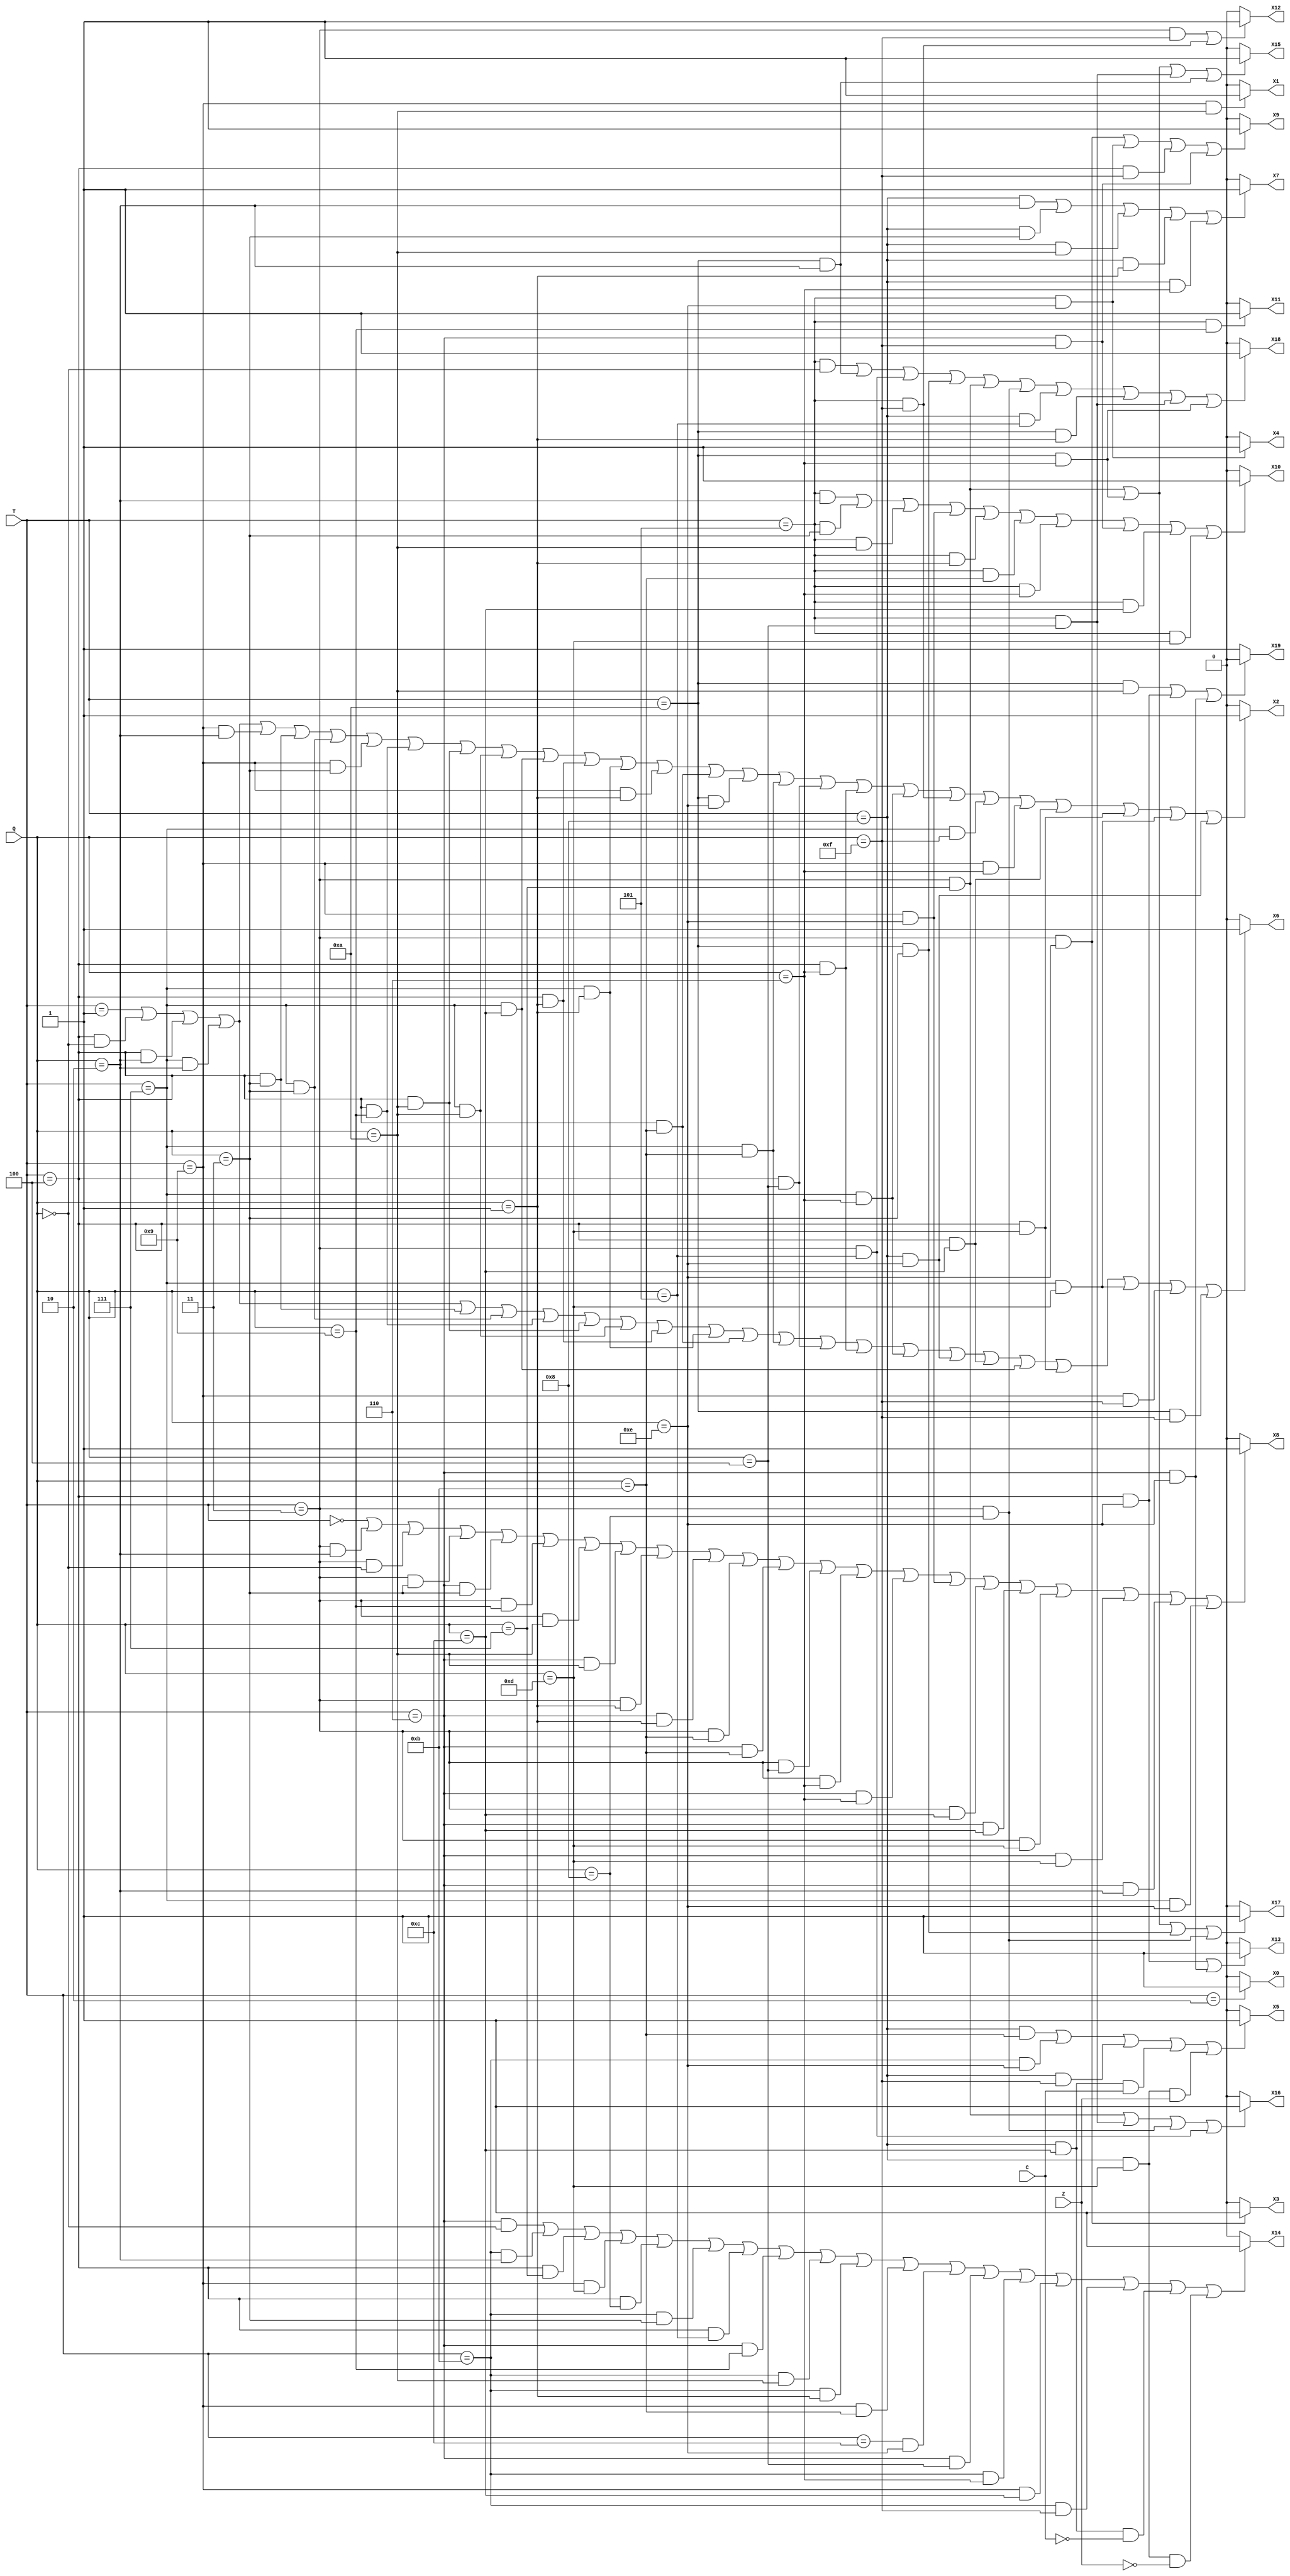
//Modulo de la Unidad de Control del procesador, UC
module UC (C, Z, Q, T, X0,X1,X2,X3,X4,X5,X6,X7,X8,X9,X10,X11,X12,X13,X14,X15,X16,X17,X18,X19);
input C, Z;
input [3:0] Q, T;
output X0,X1,X2,X3,X4,X5,X6,X7,X8,X9,X10,X11,X12,X13,X14,X15,X16,X17,X18,X19;


parameter T0 = 4'h0;
parameter T1 = 4'h1;
parameter T2 = 4'h2;
parameter T3 = 4'h3;
parameter T4 = 4'h4;
parameter T5 = 4'h5;
parameter T6 = 4'h6;
parameter T7 = 4'h7;
parameter T8 = 4'h8;
parameter T9 = 4'h9;
parameter TA = 4'hA;
parameter TB = 4'hB;
parameter TC = 4'hC;
parameter TD = 4'hD;
parameter TE = 4'hE;
parameter TF = 4'hF;

parameter Q0 = 4'h0;
parameter Q1 = 4'h1;
parameter Q2 = 4'h2;
parameter Q3 = 4'h3;
parameter Q4 = 4'h4;
parameter Q5 = 4'h5;
parameter Q6 = 4'h6;
parameter Q7 = 4'h7;
parameter Q8 = 4'h8;
parameter Q9 = 4'h9;
parameter QA = 4'hA;
parameter QB = 4'hB;
parameter QC = 4'hC;
parameter QD = 4'hD;
parameter QE = 4'hE;
parameter QF = 4'hF;

//Comienzan las asignaciones de las lineas de control

//IR<=MBR
assign X0 = (T==T2)? 1'b1 : 1'b0;

//MBR<=ACC
assign X1 = (T==T9 && Q==QA)? 1'b1 : 1'b0;

//MBR<=DLect
assign X2 = (T==T1)||(T==T4 && Q==Q0)||(T==T4 && Q==Q2)||(T==T7 && Q==Q2)||(T==T9 && Q==Q2)||(T==T4 && Q==Q3)||
		(T==T7 && Q==Q3)||(T==T9 && Q==Q3)||(T==T4 && Q==Q9)||(T==T4 && Q==QA)||(T==T7 && Q==QA)||(T==T7 && Q==QC)||
		(T==T4 && Q==Q1)||(T==T7 && Q==Q1)||(T==T9 && Q==Q1)||(T==T4 && Q==QB)||(T==TA && Q==QE)||
		(T==T7 && Q==QB)||(T==T4 && Q==Q4)||(T==T4 && Q==Q6)||(T==T7 && Q==Q6)||(T==T5 && Q==QF)||(T==T7 && Q==QF)||
		(T==T9 && Q==Q6)||(T==T4 && Q==QC)||(T==T4 && Q==QD)||(T==T7 && Q==QD)||(T==T8 && Q==QE)? 1'b1 : 1'b0;
		
//MBR<=PCL
assign X3 = (T==T3 && Q==QE)? 1'b1 : 1'b0;

//MBR<=PCH
assign X4 = (T==T5 && Q==QE)? 1'b1 : 1'b0;

//PC<=MBRaux:MBR
assign X5 = (T==T8 && Q==QB)||(T==TB && Q==QE)||(T==T8 && Q==QF)||
		(T==T8 && Q==QC && C==1'b1)||(T==T8 && Q==QD && Z==1'b1)? 1'b1 : 1'b0;
		
//PC<=PC+1
assign X6 = (T==T1)||(T==T4 && Q==Q0)||(T==T4 && Q==Q2)||(T==T7 && Q==Q2)||(T==T4 && Q==Q3)||(T==T7 && Q==Q3)||
		(T==T4 && Q==Q9)||(T==T4 && Q==QA)||(T==T7 && Q==QA)||(T==T4 && Q==Q1)||(T==T7 && Q==Q1)||(T==T4 && Q==QB)||
		(T==T7 && Q==QB)||(T==T4 && Q==Q4)||(T==T4 && Q==Q6)||(T==T7 && Q==Q6)||(T==T8 && Q==QE)||
		(T==T4 && Q==QC)||(T==T7 && Q==QC)||(T==T4 && Q==QD)||(T==T7 && Q==QD)||(T==T9 && Q==QF)||
		(T==TA && Q==QF)? 1'b1 : 1'b0;
		
//MAR<--MBRaux&MBR
assign X7 = (T==T8 && Q==Q2) || (T==T8 && Q==Q3) || (T==T8 && Q==QA) || (T==T8 && Q==Q1) ||
				(T==T8 && Q==Q6)? 1'b1 : 1'b0;
					
//MAR<--PC
assign X8 = (T==T0) || (T==T3 && Q==Q2) || (T==T3 && Q==Q0) || (T==T3 && Q==Q3) ||
		(T==T6 && Q==Q3) || (T==T3 && Q==Q9) || (T==T3 && Q==QA) || (T==T6 && Q==QA) || 
		(T==T3 && Q==Q1) || (T==T6 && Q==Q1) || (T==T3 && Q==QB) || (T==T6 && Q==QB) || 
		(T==T3 && Q==Q4) || (T==T3 && Q==Q6) || (T==T6 && Q==Q6) || (T==T9 && Q==QE) ||
		(T==T3 && Q==QC) || (T==T6 && Q==QC) || (T==T3 && Q==QD) || (T==T6 && Q==QD) ||
		(T==T6 && Q==Q2)||(T==T7 && Q==QE)? 1'b1 : 1'b0;

//MAR<--SP
assign X9 =(T==T3 && Q==QE)||(T==T5 && Q==QE)||(T==T4 && Q==QF)||(T==T6 && Q==QF)? 1'b1 : 1'b0;

//MBRaux<--MBR(1,0)
assign X10 = (T==T5 && Q==Q2)||(T==T5 && Q==Q3)||(T==T5 && Q==QA) ||(T==T9 && Q==QE)||
					(T==T5 && Q==Q1)||(T==T5 && Q==QB)|| (T==T5 && Q==Q6)||(T==T6 && Q==QF)||
					(T==T5 && Q==QC)||(T==T5 && Q==QD)? 1'b1 : 1'b0;

//SP<--CTE&MBR
assign X11 = (T==T5 && Q==Q9)? 1'b1 : 1'b0;

//SP<-- SP+1
assign X12 =(T==T3 && Q==QF)||(T==T5 && Q==QF)? 1'b1 : 1'b0;

//SP<--SP-1
assign X13 =(T==T4 && Q==QE)||(T==T6 && Q==QE)? 1'b1 : 1'b0;

//T<--0
assign X14 = (T==T6 && Q==Q0)||(T==TB && Q==Q2)||(T==T4 && Q==Q7)||(T==T9 && Q==QD)|| 
		(T==T4 && Q==Q8)||(T==TB && Q==Q3)||(T==T4 && Q==Q5)||(T==T6 && Q==Q9)|| 
		(T==TB && Q==QA)||(T==TB && Q==Q1)||(T==T9 && Q==QB)||(T==TC && Q==QE)||
		 (T==T6 && Q==Q4)||(T==TB && Q==Q6)||(T==T9 && Q==QC)||(T==TB && Q==QF)||
		(T==T8 && Q==QC && C==1'b0)||(T==T8 && Q==QD && Z==1'b0)? 1'b1 : 1'b0;

//ALU<--f(X15,X16,X17)
assign X15= (T==T3 && Q==Q7)||(T==TA && Q==Q6)||(T==T5 && Q==Q4)||(T==TA && Q==Q2)?  1'b1 : 1'b0;
assign X16= (T==T3 && Q==Q7)||(T==T5 && Q==Q4)||(T==T3 && Q==Q8)||(T==T3 && Q==Q5)?  1'b1 : 1'b0;
assign X17= (T==T3 && Q==Q7)||(T==TA && Q==Q6)||(T==TA && Q==Q3)||(T==T3 && Q==Q8)?  1'b1 : 1'b0;

//ACC<--ALU , CCR<--flags
assign X18 = (T==T5 && Q==Q0)||(T==TA && Q==Q2)||(T==T3 && Q==Q5)||(T==TA && Q==Q3)||(T==T3 && Q==Q7)|| 
		(T==T3 && Q==Q8)||(T==T8 && Q==Q5)||(T==TA && Q==Q1)|| 
		(T==T5 && Q==Q4)||(T==TA && Q==Q6)?  1'b1 : 1'b0;

// R/W'
assign X19 = (T==TA && Q==QA)||(T==T4 && Q==QE)||(T==T6 && Q==QE)? 1'b0 : 1'b1;


endmodule